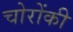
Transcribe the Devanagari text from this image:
चोरोंकी